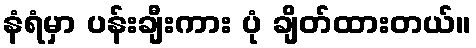
နံရံမှာ ပန်းချီးကား ပုံ ချိတ်ထားတယ်။